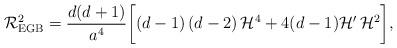
LaTeX: \begin{align*}{\cal R}^2_{\rm EGB} = \frac{d ( d + 1)}{a^4} \biggl[ ( d -1 )\, (d -2)\, {\cal H}^4 + 4 ( d -1) {\cal H}'\,{\cal H}^2 \biggr],\end{align*}